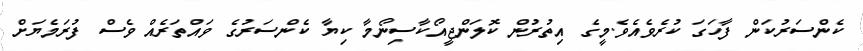
ކެންސަރުކަން ފާހަގަ ކުރެވެއެވެ.މީގެ އިތުރުން ކޮލަންޖީއޯކާސިނޯމާ ކިޔާ ކެންސަރުގެ ވައްތަރެއް ވެސް ފުރަމެޔަށް